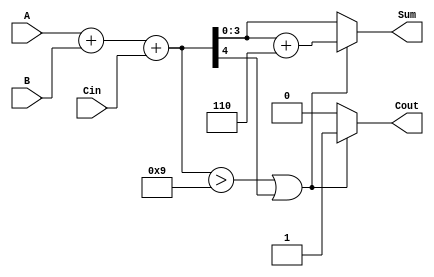
module BCD_Adder (
    input [3:0] A,      // First BCD digit
    input [3:0] B,      // Second BCD digit
    input Cin,          // Carry input
    output reg [3:0] Sum, // BCD result
    output reg Cout      // Carry output
);

    // Internal signals
    wire [4:0] binary_sum; // 5-bit sum to accommodate carry
    wire correction_needed; // Signal to indicate if correction is needed

    // Step 1: Perform binary addition
    assign binary_sum = A + B + Cin;

    // Step 2: Check if correction is needed
    assign correction_needed = (binary_sum > 9) || binary_sum[4];

    // Step 3: Generate the corrected sum and carry out
    always @(*) begin
        if (correction_needed) begin
            Sum = binary_sum + 5'b00110; // Add 6 (0110 in binary) for correction
            Cout = 1;                     // Set carry out
        end else begin
            Sum = binary_sum[3:0];        // No correction needed, take lower 4 bits
            Cout = 0;                     // No carry out
        end
    end

endmodule